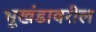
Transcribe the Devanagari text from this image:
भूखंडावरील